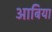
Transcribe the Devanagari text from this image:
आबिया